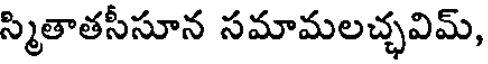
స్మితాతసీసూన సమామలచ్ఛవిమ్,